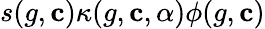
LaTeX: s(g,\mathbf{c})\kappa(g,\mathbf{c},\alpha)\phi(g,\mathbf{c})